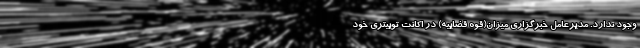
وجود ندارد. مدیرعامل خبرگزاری میزان(قوه قضاییه) در اکانت توییتری خود